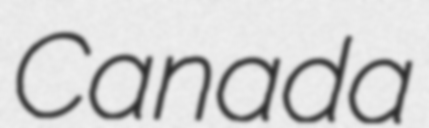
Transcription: Canada